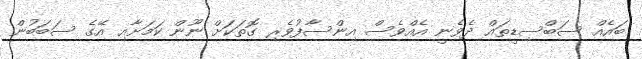
ބައެއް ސަބްސިޑީތައް ދެވެނީ އެއްވެސް އިންސާފުވެރި ގޮތަކަށް ނޫން ކަމަށާއި އޭގެ ސަބަބުން